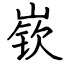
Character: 嵚